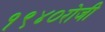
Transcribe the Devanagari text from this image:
१९४०रोजी